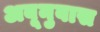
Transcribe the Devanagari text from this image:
अबूनुवास